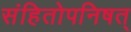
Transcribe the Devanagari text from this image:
संहितोपनिषत्